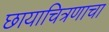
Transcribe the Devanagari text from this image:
छायाचित्रणाचा